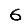
Digit: 6